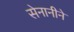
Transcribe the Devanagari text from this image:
सेनानीने